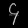
Digit: ၄